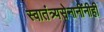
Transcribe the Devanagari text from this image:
स्वातंत्र्यसेनानींनीही